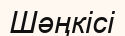
Шәңкісі